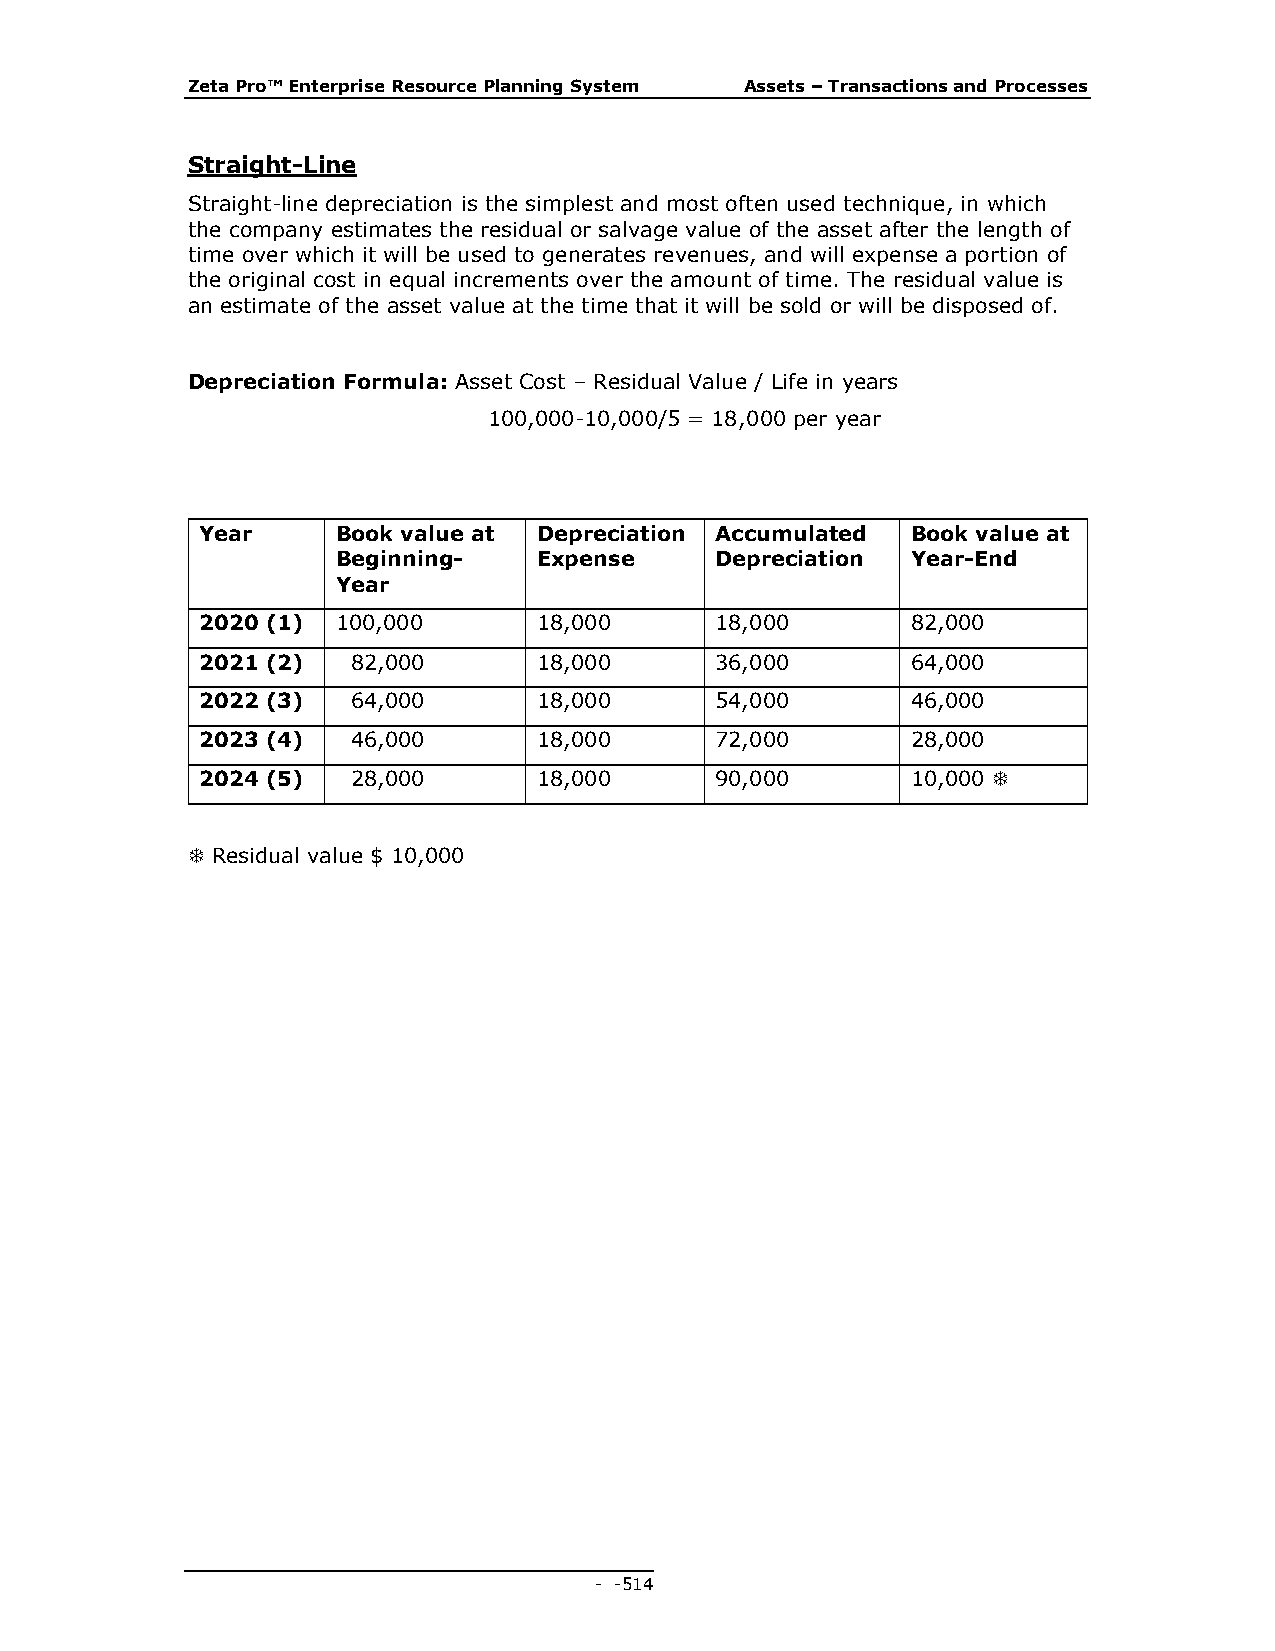
Zeta Pro™ Enterprise Resource Planning System Assets – Transactions and Processes
 Straight-Line
 Straight-line depreciation is the simplest and most often used technique, in which
 the company estimates the residual or salvage value of the asset after the length of
 time over which it will be used to generates revenues, and will expense a portion of
 the original cost in equal increments over the amount of time. The residual value is
 an estimate of the asset value at the time that it will be sold or will be disposed of.
 Depreciation Formula: Asset Cost – Residual Value / Life in years
 100,000-10,000/5 = 18,000 per year
 Year     Book value at Depreciation Accumulated Book value at
 Beginning-    Expense    Depreciation Year-End
 Year
 2020 (1) 100,000       18,000     18,000       82,000
 2021 (2)  82,000       18,000     36,000       64,000
 2022 (3)  64,000       18,000     54,000       46,000
 2023 (4)  46,000       18,000     72,000       28,000
 2024 (5)  28,000       18,000     90,000       10,000 
  Residual value $ 10,000
 - - 514